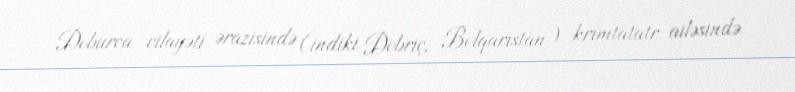
Doburca vilayəti ərazisində (indiki Dobriç, Bolqarıstan) krımtatatr ailəsində